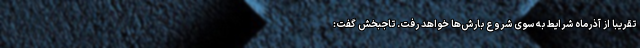
تقریبا از آذرماه شرایط به سوی شروع بارش‌ها خواهد رفت. تاجبخش گفت: